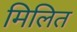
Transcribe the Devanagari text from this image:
मिलित